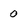
Character: 0